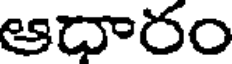
ఆధారం